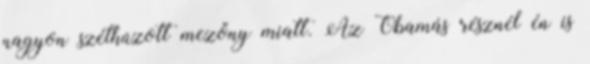
nagyon széthúzott mezőny miatt. Az Obamás résznél én is